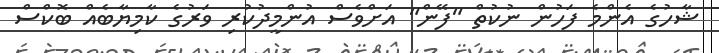
ޝާހުގެ އެންމެ ފަހުން ނުކުތް "ފޭން" އަށްވެސް އުންމީދުކުރި ވަރުގެ ކާމިޔާބެއް ބޮކްސް